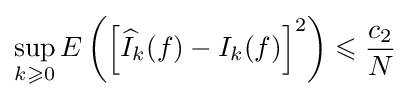
\sup _{k\geqslant 0}E\left(\left[{\widehat {I}}_{k}(f)-I_{k}(f)\right]^{2}\right)\leqslant {\frac {c_{2}}{N}}